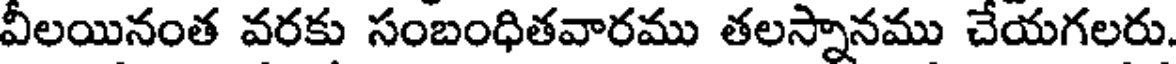
వీలయినంత వరకు సంబంధితవారము తలస్నానము చేయగలరు.